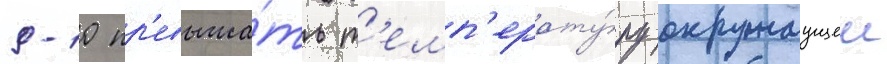
9-10 пр'евыша́ть т'емп'ерату́ру окружаущеи